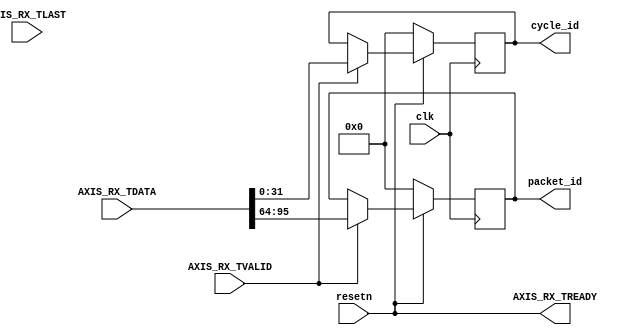
//====================================================================================
//                        ------->  Revision History  <------
//====================================================================================
//
//   Date     Who   Ver  Changes
//====================================================================================
// 04-Oct-22  DWW  1000  Initial creation
//====================================================================================

module data_consumer
(
    input clk, resetn,

    output reg[31:0] packet_id,
    output reg[31:0] cycle_id,

    //===============  AXI Stream interface for outputting data ================
    input[511:0] AXIS_RX_TDATA,
    input        AXIS_RX_TVALID,
    input        AXIS_RX_TLAST,
    output       AXIS_RX_TREADY
    //==========================================================================
 );


assign AXIS_RX_TREADY = resetn;

always @(posedge clk) begin

    if (resetn == 0) begin
        packet_id <= 0;
        cycle_id  <= 0;
    end else if (AXIS_RX_TVALID) begin
        cycle_id  <= AXIS_RX_TDATA[00 +: 32];
        packet_id <= AXIS_RX_TDATA[64 +: 32];
    end
end

endmodule